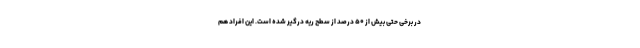
در برخی حتی بیش از ۵۰ درصد از سطح ریه درگیر شده است. این افراد هم